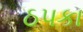
ઠપકા